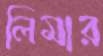
লিমার